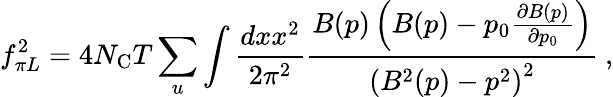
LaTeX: f_{\pi L}^{2}=4N_{\mathrm{C}}T\sum_{u}\int\frac{dxx^{2}}{2\pi^{2}}\frac{B(p)\left(B(p)-p_{0}\frac{\partial B(p)}{\partial p_{0}}\right)}{\left(B^{2}(p)-p^{2}\right)^{2}}\ ,